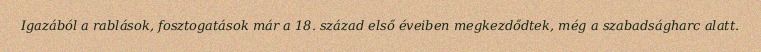
Igazából a rablások, fosztogatások már a 18. század első éveiben megkezdődtek, még a szabadságharc alatt.